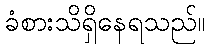
ခံစားသိရှိနေရသည်။